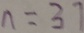
n = 3 7